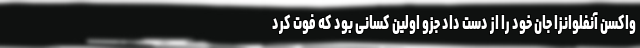
واکسن آنفلوانزا جان خود را از دست داد جزو اولین کسانی بود که فوت کرد